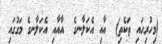
(މިހުރިހައި ތަކެތި)  އާއި އެކަލާނގެ  އާއާއި އެކަލާނގެ މަގުގައި